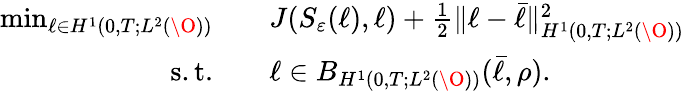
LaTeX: \begin{array}{rl}{\operatorname*{min}_{\ell\in H^{1}(0,T;L^{2}(\O))}\quad}&{J(S_{\varepsilon}(\ell),\ell)+\frac{1}{2}\| \ell-\bar{\ell}\| _{H^{1}(0,T;L^{2}(\O))}^{2}}\\ {\mathrm{s.t.}\quad}&{\ell\in B_{H^{1}(0,T;L^{2}(\O))}(\bar{\ell},\rho).}\end{array}